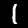
Digit: 1